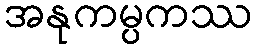
အနုကမ္ပကဿ